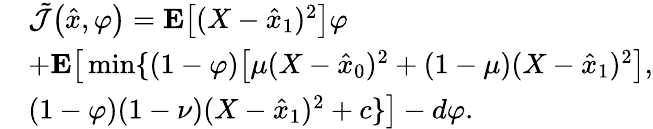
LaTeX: \begin{array}{rl}&{\tilde{\mathcal{J}}\big(\hat{x},\varphi\big)=\mathbf{E}\big[(X-\hat{x}_{1})^{2}\big]\varphi}\\ &{+\mathbf{E}\big[\operatorname*{min}\{ (1-\varphi)\big[\mu(X-\hat{x}_{0})^{2}+(1-\mu)(X-\hat{x}_{1})^{2}\big],}\\ &{(1-\varphi)(1-\nu)(X-\hat{x}_{1})^{2}+c\} \big]-d\varphi.}\end{array}